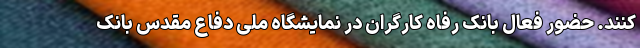
‌کنند. حضور فعال بانک رفاه کارگران در نمایشگاه ملی دفاع مقدس بانک